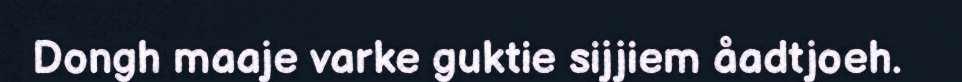
Dongh maaje varke guktie sijjiem åadtjoeh.